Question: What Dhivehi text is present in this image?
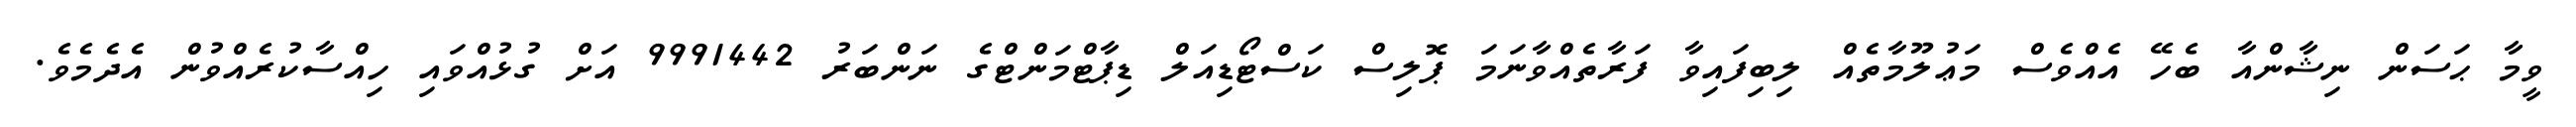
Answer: ވީމާ ޙަސަން ނިޝާންއާ ބެހޭ އެއްވެސް މަޢުލޫމާތެއް ލިބިފައިވާ ފަރާތެއްވާނަމަ ޕޮލިސް ކަސްޓޯޑިއަލް ޑިޕާޓްމަންޓްގެ ނަންބަރު 9991442 އަށް ގުޅުއްވައި ހިއްސާކުރެއްވުން އެދެމެވެ.